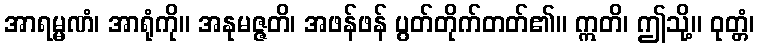
အာရမ္မဏံ၊ အာရုံကို။ အနုမဇ္ဇတိ၊ အဖန်ဖန် ပွတ်တိုက်တတ်၏။ ဣတိ၊ ဤသို့။ ဝုတ္တံ၊